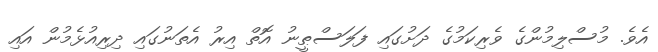
އެވެ. މުސްލިމުންގެ ވެރިކަމުގެ ދަށުގައި ފަލަސްޠީނު އޮތް އިރު އެތަނުގައި ދިރިއުޅެމުން އައި